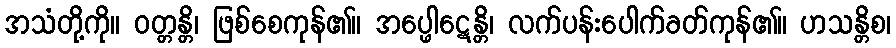
အသံတို့ကို။ ဝတ္တန္တိ၊ ဖြစ်စေကုန်၏။ အပ္ဖေါဋေန္တိ၊ လက်ပန်းပေါက်ခတ်ကုန်၏။ ဟသန္တိစ၊